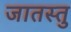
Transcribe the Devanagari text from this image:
जातस्तु